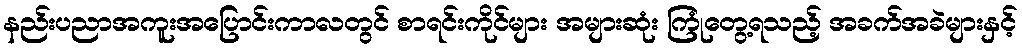
နည်းပညာအကူးအပြောင်းကာလတွင် စာရင်းကိုင်များ အများဆုံး ကြုံတွေ့ရသည့် အခက်အခဲများနှင့်